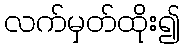
လက်မှတ်ထိုး၍